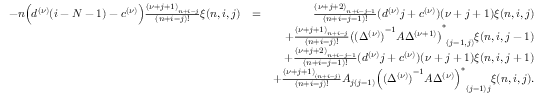
\begin{array} { r l r } { - n \Big ( d ^ { ( \nu ) } ( i - N - 1 ) - c ^ { ( \nu ) } \Big ) \frac { { ( \nu + j + 1 ) } _ { n + i - j } } { ( n + i - j ) ! } \xi ( n , i , j ) } & { = } & { \frac { { ( \nu + j + 2 ) } _ { n + i - j - 1 } } { ( n + i - j - 1 ) ! } ( d ^ { ( \nu ) } j + c ^ { ( \nu ) } ) ( \nu + j + 1 ) \xi ( n , i , j ) } \\ & { } & { + \frac { { ( \nu + j + 1 ) } _ { n + i - j } } { ( n + i - j ) ! } { { \big ( { ( \Delta ^ { ( \nu ) } ) } ^ { - 1 } A \Delta ^ { ( \nu + 1 ) } \big ) } ^ { \ast } } _ { ( j - 1 , j ) } \xi ( n , i , j - 1 ) } \\ & { } & { + \frac { { ( \nu + j + 2 ) } _ { n + i - j - 1 } } { ( n + i - j - 1 ) ! } ( d ^ { ( \nu ) } j + c ^ { ( \nu ) } ) ( \nu + j + 1 ) \xi ( n , i , j + 1 ) } \\ & { } & { + \frac { { ( \nu + j + 1 ) } _ { ( n + i - j ) } } { ( n + i - j ) ! } A _ { j ( j - 1 ) } { { \Big ( { ( \Delta ^ { ( \nu ) } ) } ^ { - 1 } A \Delta ^ { ( \nu ) } \Big ) } ^ { \ast } } _ { ( j - 1 ) j } \xi ( n , i , j ) . } \end{array}